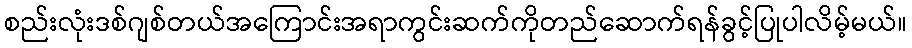
စည်းလုံးဒစ်ဂျစ်တယ်အကြောင်းအရာကွင်းဆက်ကိုတည်ဆောက်ရန်ခွင့်ပြုပါလိမ့်မယ်။